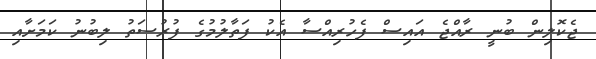
ޖެކޮލިން ބުނީ ރާއްޖެ އައިސް ފެހުރިއްސާ އެކު ފަތާލުމުގެ ފުރުސަތު ލިބުނު ކަމަށާއި